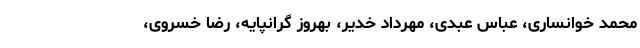
محمد خوانساری، عباس عبدی، مهرداد خدیر، بهروز گرانپایه، رضا خسروی،